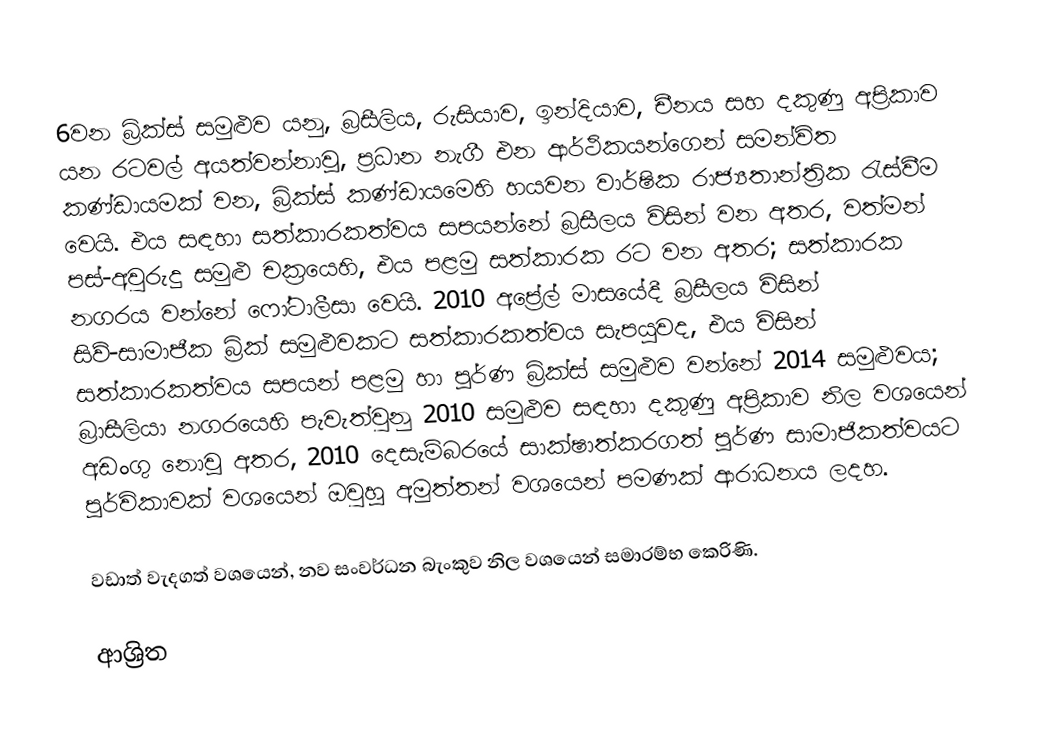
6වන බ්‍රික්ස් සමුළුව යනු, බ්‍රසීලිය, රුසියාව, ඉන්දියාව, චීනය සහ දකුණු අප්‍රිකාව යන රටවල් අයත්වන්නාවූ, ප්‍රධාන නැගී එන ආර්ථිකයන්ගෙන් සමන්විත කණ්ඩායමක් වන, බ්‍රික්ස් කණ්ඩායමෙහි හයවන වාර්ෂික රාජ්‍යතාන්ත්‍රික රැස්වීම වෙයි. එය සඳහා සත්කාරකත්වය සපයන්නේ බ්‍රසීලය විසින් වන අතර,  වත්මන් පස්-අවුරුදු සමුළු චක්‍රයෙහි, එය පළමු සත්කාරක රට වන අතර; සත්කාරක නගරය වන්නේ ෆෝටාලීසා වෙයි.  2010 අප්‍රේල් මාසයේදී බ්‍රසීලය විසින් සිව්-සාමාජීක බ්‍රික් සමුළුවකට සත්කාරකත්වය සැපයූවද, එය විසින් සත්කාරකත්වය සපයන් පළමු හා පූර්ණ බ්‍රික්ස් සමුළුව වන්නේ 2014 සමුළුවය; බ්‍රාසීලියා නගරයෙහි පැවැත්වුනු 2010 සමුළුව සඳහා දකුණු අප්‍රිකාව නිල වශයෙන් අඩංගු නොවූ අතර, 2010 දෙසැම්බරයේ සාක්ෂාත්කරගත් පූර්ණ සාමාජිකත්වයට පූර්විකාවක් වශයෙන් ඔවුහූ අමුත්තන් වශයෙන් පමණක් ආරාධනය ලදහ.

වඩාත් වැදගත් වශයෙන්, නව සංවර්ධන බැංකුව නිල වශයෙන් සමාරම්භ කෙරිණි.

ආශ්‍රිත